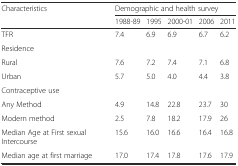
<table><thead><tr><td rowspan="2"><b>Characteristics</b></td><td colspan="5"><b>Demographic and health survey</b></td></tr><tr><td><b>1988-89</b></td><td><b>1995</b></td><td><b>2000-01</b></td><td><b>2006</b></td><td><b>2011</b></td></tr></thead><tbody><tr><td>TFR</td><td>7.4</td><td>6.9</td><td>6.9</td><td>6.7</td><td>6.2</td></tr><tr><td>Residence</td><td></td><td></td><td></td><td></td><td></td></tr><tr><td>Rural</td><td>7.6</td><td>7.2</td><td>7.4</td><td>7.1</td><td>6.8</td></tr><tr><td>Urban</td><td>5.7</td><td>5.0</td><td>4.0</td><td>4.4</td><td>3.8</td></tr><tr><td>Contraceptive use</td><td></td><td></td><td></td><td></td><td></td></tr><tr><td>Any Method</td><td>4.9</td><td>14.8</td><td>22.8</td><td>23.7</td><td>30</td></tr><tr><td>Modern method</td><td>2.5</td><td>7.8</td><td>18.2</td><td>17.9</td><td>26</td></tr><tr><td>Median Age at First sexual Intercourse</td><td>15.6</td><td>16.0</td><td>16.6</td><td>16.4</td><td>16.8</td></tr><tr><td>Median age at first marriage</td><td>17.0</td><td>17.4</td><td>17.8</td><td>17.6</td><td>17.9</td></tr></tbody></table>